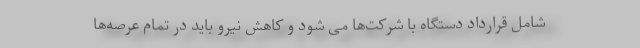
شامل قرارداد دستگاه با شرکت‌ها می شود و کاهش نیرو باید در تمام عرصه‌ها